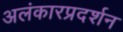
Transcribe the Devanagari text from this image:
अलंकारप्रदर्शन